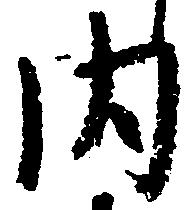
内